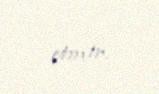
etmir.